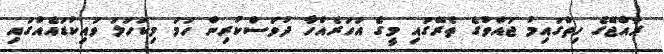
ރާއްޖޭގެ ހިތްގައިމު ޖައްވުގެ ތެރޭގައި މީގެ އަހަރެއްހާ ދުވަސްކުރިން ހަމަ މިކަހަލަ ވައިކުޑައެއްގައި